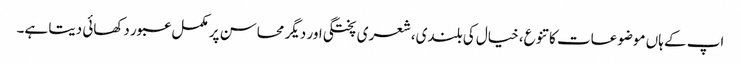
اپ کے ہاں موضوعات کا تنوع، خیال کی بلندی،شعری پختگی اور دیگر محاسن پر مکمل عبور دکھائی دیتا ہے۔